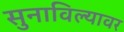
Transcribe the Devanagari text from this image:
सुनाविल्यावर